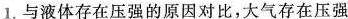
1.与液体存在压强的原因对比，大气存在压强